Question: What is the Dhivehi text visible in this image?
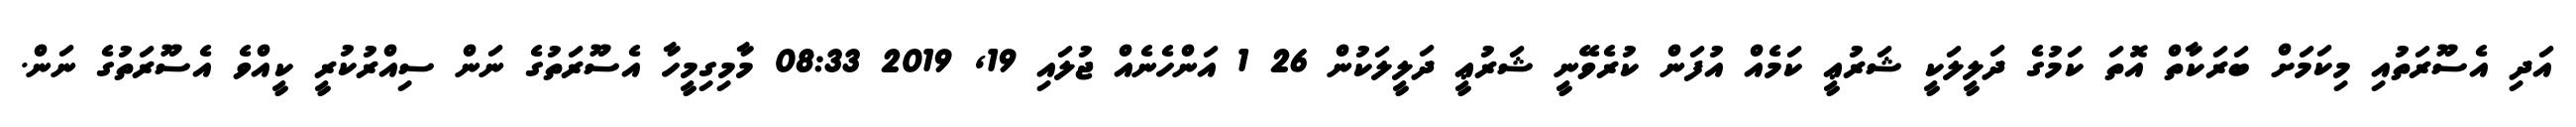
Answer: އަދި އެސޫރަތުއި މިކަމަށް ބަރަކާތް އޮތަ ކަމުގެ ދަލީލަކީ ޝަރުޢީ ކަމެއް އުފަން ކުރެވޭނީ ޝަރުޢީ ދަލީލަކުން 26 1 އަންހެނެއް ޖުލައި 19, 2019 08:33 މާމިގިމީހާ އެސޫރަތުގެ ނަން ސިއްރުކުރީ ކީއްވެ އެސޫރަތުގެ ނަން.